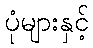
ပုံများနှင့်